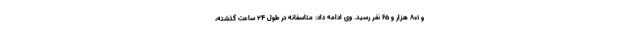
و ۸۰۱ هزار و ۶۵ نفر رسید. وی ادامه داد: متاسفانه در طول ۲۴ ساعت گذشته،